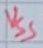
Text: VSS